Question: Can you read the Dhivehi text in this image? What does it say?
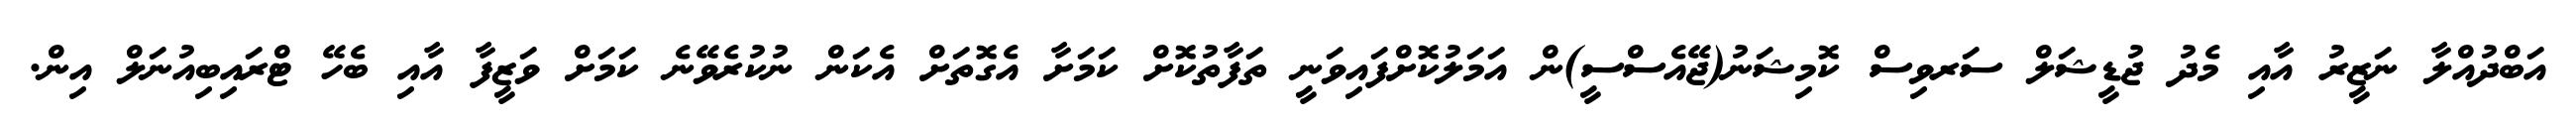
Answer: އަބްދުއްލާ ނަޒީރު އާއި މެދު ޖުޑީޝަލް ސަރވިސް ކޮމިޝަނު(ޖޭއެސްސީ)ން އަމަލުކޮށްފައިވަނީ ތަފާތުކޮށް ކަމަށާ އެގޮތަށް އެކަން ނުކުރެވޭނެ ކަމަށް ވަޒީފާ އާއި ބެހޭ ޓްރައިބިއުނަލް އިން.